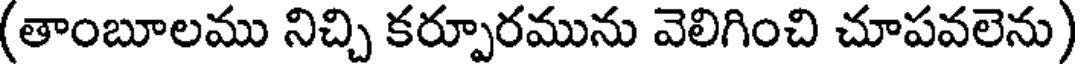
(తాంబూలము నిచ్చి కర్పూరమును వెలిగించి చూపవలెను)